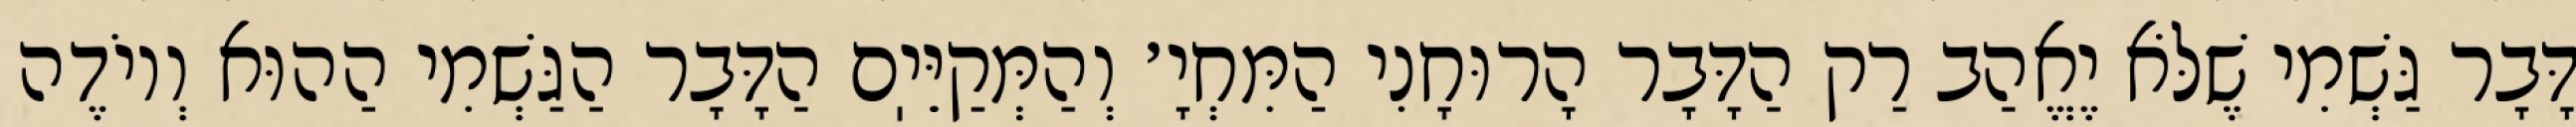
דָּבָר גַּשְׁמִי שֶׁלֹּא יֶאֱהַב רַק הַדָּבָר הָרוּחָנִי הַמִּחְיָ׳ וְהַמְּקַיֵּיֽם הַדָּבָר הַגַּשְׁמִי הַהוּא וְיוֹדֶה